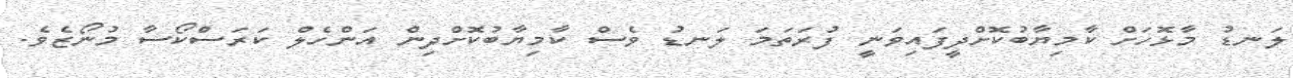
ލަނޑު މާޅޮހަށް ކާމިޔާބުކޮށްދީފައިވަނީ ފުރަތަމަ ލަނޑު ވެސް ކާމިޔާބުކޮށްދިން އަންހެލް ކަރަސްކޯސާ މުނޯޒެވެ.